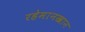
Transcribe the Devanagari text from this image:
रहेमानखान